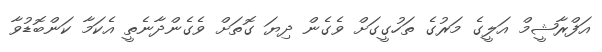
އަފްރާޝީމް އަލީގެ މަރުގެ ތަހުގީގަށް ވެގެން ދިޔަ ގޮތަށް ވެގެންދާނެތީ އެކަމާ ކަންބޮޑުވާ